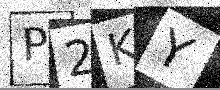
Text: P2KY